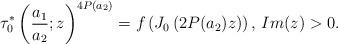
LaTeX: \begin{align*}\tau^{*}_0\left(\frac{a_1}{a_2};z\right)^{4P(a_2)}=f\left(J_0\left(2P(a_2)z\right)\right)\textrm{, }Im(z)>0.\end{align*}